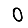
Digit: 0